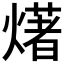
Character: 𤏸